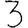
Digit: 3